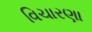
વિચારણા